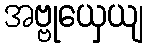
အဗ္ဗုယှေယျ